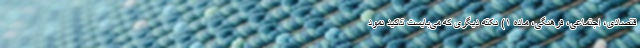
قتصادی، اجتماعی، فرهنگی، ماده ۱) نکته دیگری که می‌بایست تاکید نمود